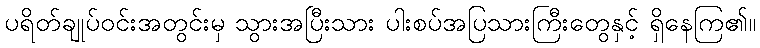
ပရိတ်ချုပ်ဝင်းအတွင်းမှ သွားအပြီးသား ပါးစပ်အပြသားကြီးတွေနှင့် ရှိနေကြ၏။